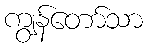
ကျွန်တော်သာ